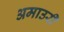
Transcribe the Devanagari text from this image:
अमाउरी